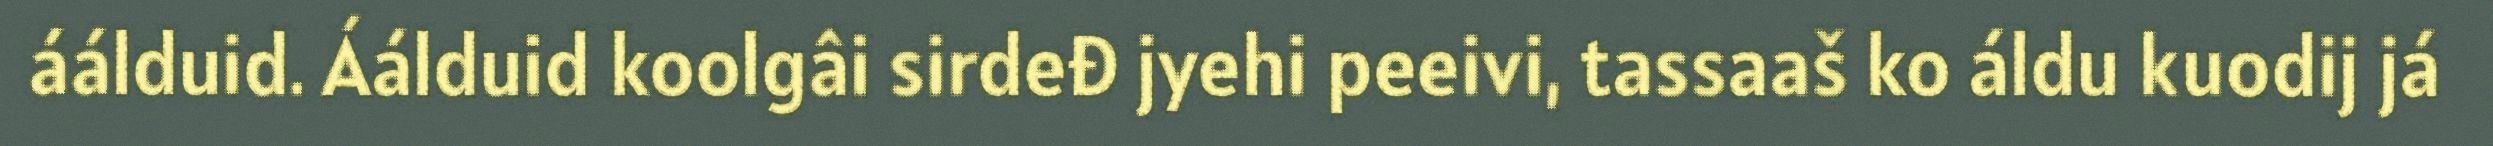
áálduid. Áálduid koolgâi sirdeđ jyehi peeivi, tassaaš ko áldu kuodij já